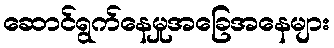
ဆောင်ရွက်နေမှုအခြေအနေများ